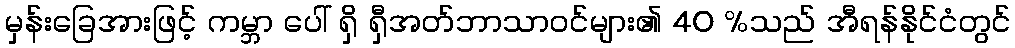
မှန်းခြေအားဖြင့် ကမ္ဘာ ပေါ် ရှိ ရှီအတ်ဘာသာဝင်များ၏ 40 %သည် အီရန်နိုင်ငံတွင်